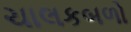
ચાલકબળો